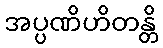
အပ္ပဏိဟိတန္တိ